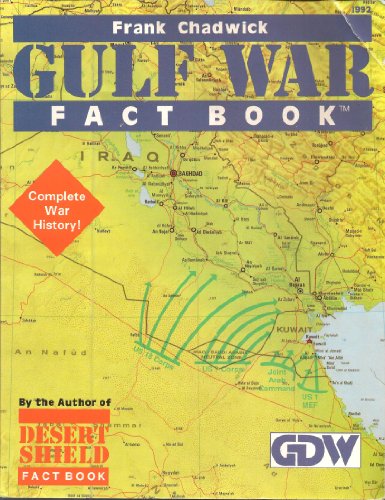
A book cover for Gulf War Fact Book; Frank Chadwick; History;